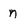
Character: n